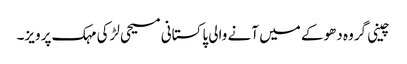
چینی گروہ دھوکے میں آنے والی پاکستانی مسیحی لڑکی مہک پرویز۔